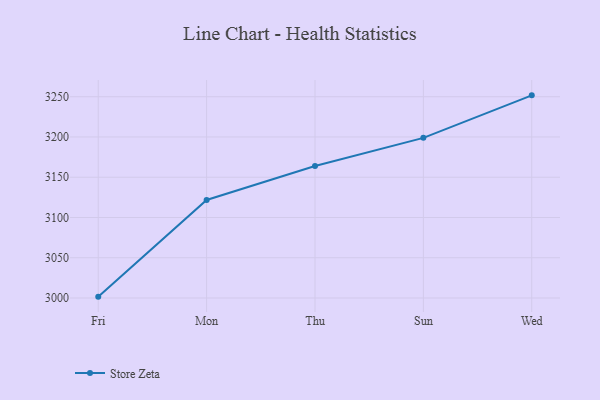
{"axis": {"x": "Day", "y": "Backlog"}, "legend": ["Store Zeta"], "data": [{"x": "Fri", "y": 3001.7, "type": "Store Zeta"}, {"x": "Mon", "y": 3121.8, "type": "Store Zeta"}, {"x": "Thu", "y": 3164.0, "type": "Store Zeta"}, {"x": "Sun", "y": 3198.9, "type": "Store Zeta"}, {"x": "Wed", "y": 3251.7, "type": "Store Zeta"}]}